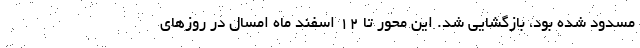
مسدود شده بود، بازگشایی شد. این محور تا ۱۲ اسفند ماه امسال در روز‌های